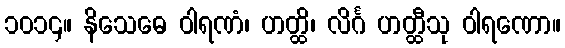
၁၀၁၄။ နိသေဓေ ဝါရဏံ၊ ဟတ္ထိ၊ လိင်္ဂ ဟတ္ထီသု ဝါရဏော။